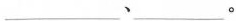
___。